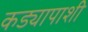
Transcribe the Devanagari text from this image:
कड्यापाशी